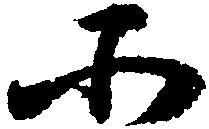
所